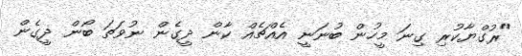
"ރުގްޔާކުރި ގިނަ މީހުން ބުނަނީ އެއްޗެއް ކާން ދީގެން ނުވަތަ ބޯން ދީގެން